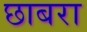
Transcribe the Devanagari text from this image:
छाबरा